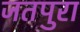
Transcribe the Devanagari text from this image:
जतपुरा